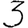
Digit: 3